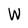
Character: W